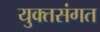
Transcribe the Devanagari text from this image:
युक्तसंगत